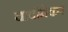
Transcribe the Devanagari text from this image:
चावीमेकर